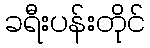
ခရီးပန်းတိုင်